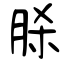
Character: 脎